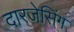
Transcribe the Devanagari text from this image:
दारजेसिंग